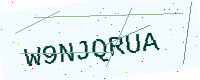
Text: W9NJQRUA